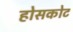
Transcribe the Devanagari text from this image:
होसकोट